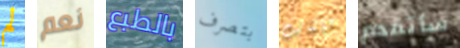
لم نعم بالطبع بتصرف للكاتب سأتقدم